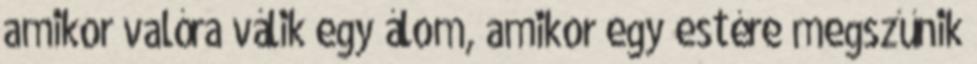
amikor valóra válik egy álom, amikor egy estére megszűnik